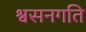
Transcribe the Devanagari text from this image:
श्वसनगति